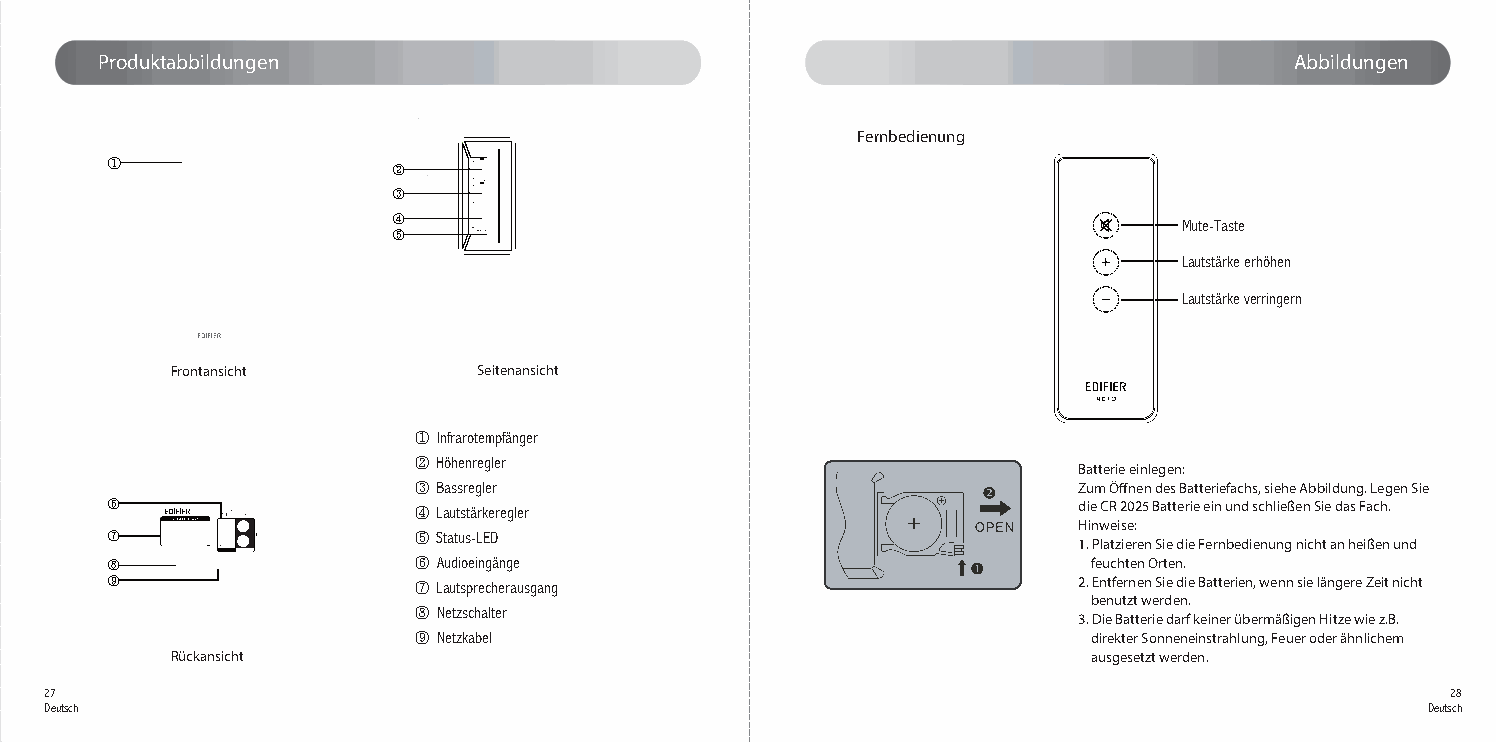
Produktabbildungen                                                             Abbildungen
 Fernbedienung
 ①
 ②
 ③
 ④                                                   Mute-Taste
 ⑤     volume
 Lautstärke erhöhen
 Lautstärke verringern
 Frontansicht         Seitenansicht
 ① Infrarotempfänger
 ② Höhenregler                               Batterie einlegen:
 ③ Bassregler                                Zum Öffnen des Batteriefachs, siehe Abbildung. Legen Sie
 ⑥                   ④ Lautstärkeregler                          die CR 2025 Batterie ein und schließen Sie das Fach.
 Hinweise:
 ⑦                   ⑤ Status-LED                                1. Platzieren Sie die Fernbedienung nicht an heißen und
 ⑧                   ⑥ Audioeingänge                              feuchten Orten.
 ⑨                   ⑦ Lautsprecherausgang                       2. Entfernen Sie die Batterien, wenn sie längere Zeit nicht
 benutzt werden.
 ⑧ Netzschalter                              3. Die Batterie darf keiner übermäßigen Hitze wie z.B.
 ⑨ Netzkabel                                  direkter Sonneneinstrahlung, Feuer oder ähnlichem
 Rückansicht                                                  ausgesetzt werden.
 27                                                                                           28
 Deutsch                                                                                     Deutsch